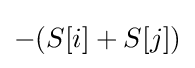
-(S[i]+S[j])